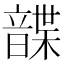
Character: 𩐱